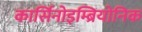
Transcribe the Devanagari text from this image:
कार्सिनोइम्ब्रियोनिक